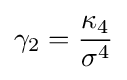
\gamma _{2}={\frac {\kappa _{4}}{\sigma ^{4}}}